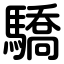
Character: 驕